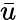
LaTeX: \bar{u}